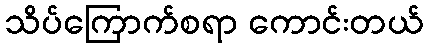
သိပ်ကြောက်စရာ ကောင်းတယ်